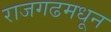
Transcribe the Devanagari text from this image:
राजगढमधून